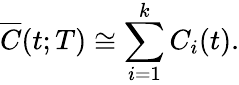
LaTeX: \overline{{C}}(t;T)\cong\sum_{i=1}^{k}C_{i}(t).